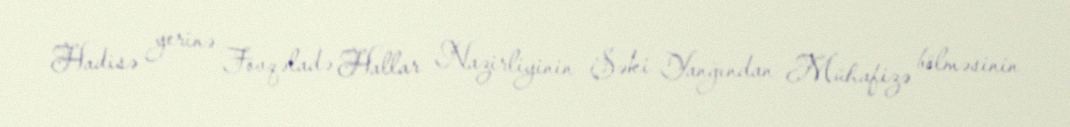
Hadisə yerinə Fövqəladə Hallar Nazirliyinin Şəki Yanğından Mühafizə bölməsinin